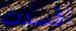
افسدت